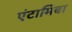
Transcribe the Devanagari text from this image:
एंटामिबा